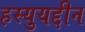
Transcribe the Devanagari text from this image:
हस्युयद्दीन